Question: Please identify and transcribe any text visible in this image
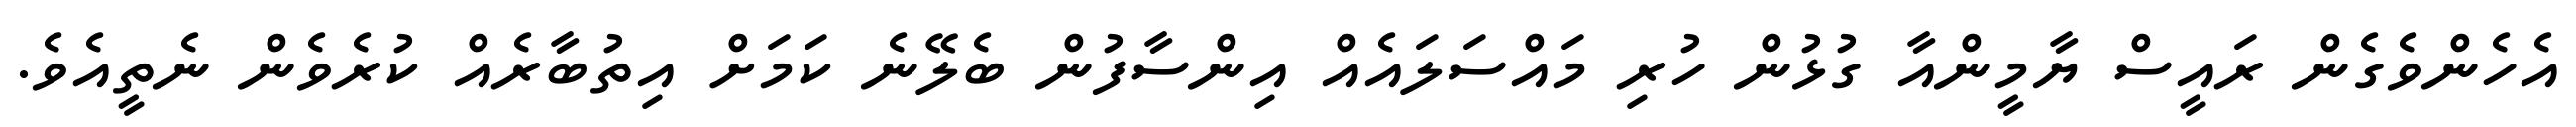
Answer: އެހެންވެގެން ރައީސް ޔާމީންއާ ގުޅުން ހުރި މައްސަލައެއް އިންސާފުން ބެލޭނެ ކަމަށް އިތުބާރެއް ކުރެވެން ނެތީއެވެ.